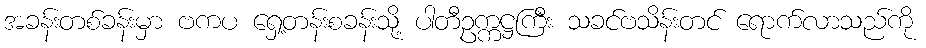
အခန်းတစ်ခန်းမှာ ဗကပ ရှေ့တန်းစခန်းသို့ ပါတီဥက္ကဋ္ဌကြီး သခင်ဗသိန်းတင် ရောက်လာသည်ကို